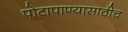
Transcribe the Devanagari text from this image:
पोटापाण्यासाठीच